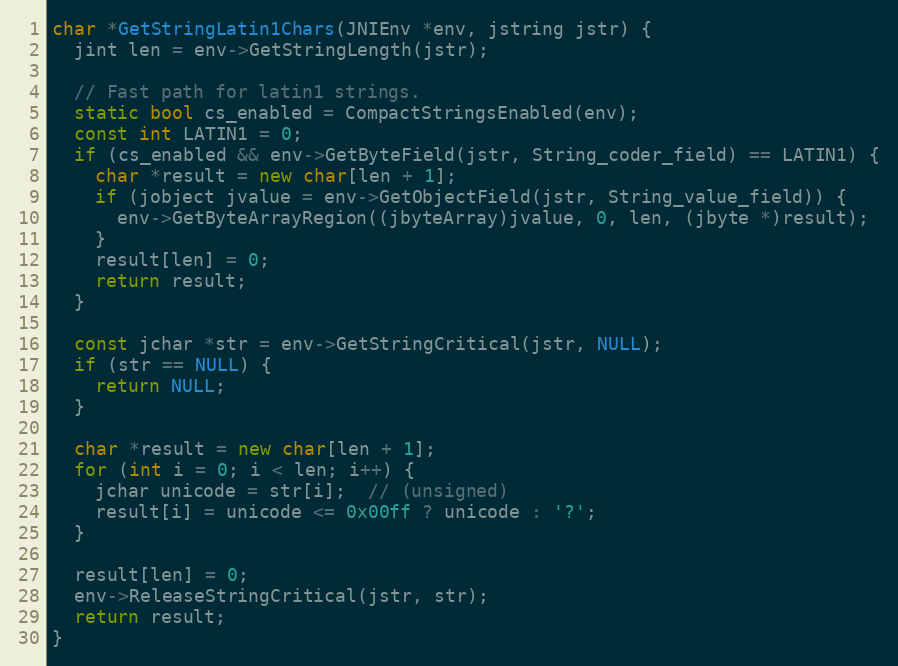
Language: C++
char *GetStringLatin1Chars(JNIEnv *env, jstring jstr) {
  jint len = env->GetStringLength(jstr);

  // Fast path for latin1 strings.
  static bool cs_enabled = CompactStringsEnabled(env);
  const int LATIN1 = 0;
  if (cs_enabled && env->GetByteField(jstr, String_coder_field) == LATIN1) {
    char *result = new char[len + 1];
    if (jobject jvalue = env->GetObjectField(jstr, String_value_field)) {
      env->GetByteArrayRegion((jbyteArray)jvalue, 0, len, (jbyte *)result);
    }
    result[len] = 0;
    return result;
  }

  const jchar *str = env->GetStringCritical(jstr, NULL);
  if (str == NULL) {
    return NULL;
  }

  char *result = new char[len + 1];
  for (int i = 0; i < len; i++) {
    jchar unicode = str[i];  // (unsigned)
    result[i] = unicode <= 0x00ff ? unicode : '?';
  }

  result[len] = 0;
  env->ReleaseStringCritical(jstr, str);
  return result;
}